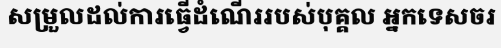
សម្រួលដល់ការធ្វើដំណើររបស់បុគ្គល អ្នកទេសចរ